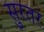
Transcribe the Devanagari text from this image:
सुरतर